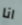
انا